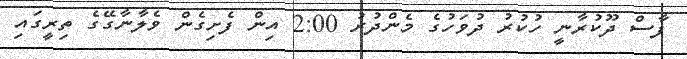
ފާސް ދޫކުރާނީ ހުކުރު ދުވަހުގެ މެންދުރު 2:00 އިން ފެށިގެން ވެލާނާގޭގެ ތިރީގައި